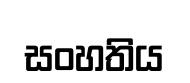
සංහතිය